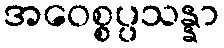
အဝေစ္စပ္ပသန္နာ